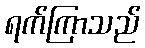
ရက်ကြာသည်